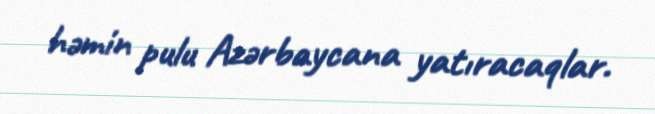
həmin pulu Azərbaycana yatıracaqlar.